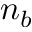
n _ { b }